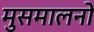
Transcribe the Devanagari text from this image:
मुसमालनों